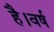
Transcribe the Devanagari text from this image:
है।वर्ष